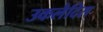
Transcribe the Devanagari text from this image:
उकलैदिस